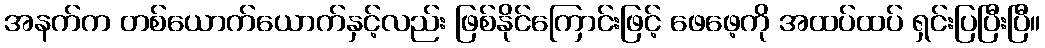
အနက်က တစ်ယောက်ယောက်နှင့်လည်း ဖြစ်နိုင်ကြောင်းဖြင့် ဖေဖေ့ကို အထပ်ထပ် ရှင်းပြပြီးပြီ။